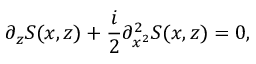
\partial _ { z } S ( x , z ) + \frac { i } { 2 } \partial _ { x ^ { 2 } } ^ { 2 } S ( x , z ) = 0 ,